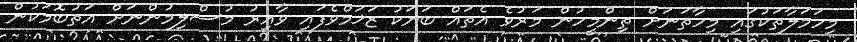
މިހަމަލާތަކުގައި މިހާތަނަށް ތިންމީހުން މަރުވެ އެތައް ބަޔަކު ޒަޚަމްވެފައި ވާއިރު މުސްލިމުންނަށް އަތުބޮމަކުން